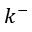
k ^ { - }